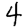
Digit: 4